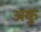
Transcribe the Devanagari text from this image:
अकु